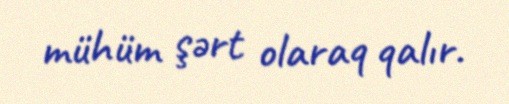
mühüm şərt olaraq qalır.